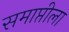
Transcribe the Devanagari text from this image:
समाप्तीला